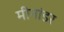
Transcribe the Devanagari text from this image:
मीनांडर